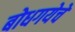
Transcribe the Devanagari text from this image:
बोधगयेचे